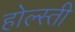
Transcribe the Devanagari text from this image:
होल्स्ती